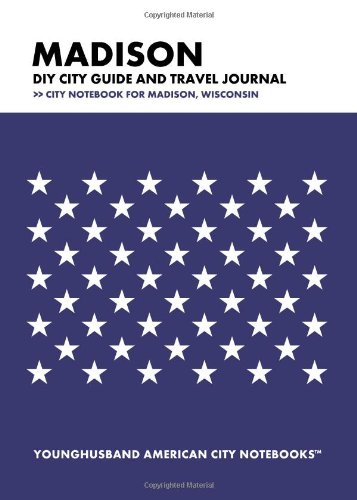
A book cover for Madison DIY City Guide and Travel Journal: City Notebook for Madison, Wisconsin; Younghusband American City Notebooks; Travel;